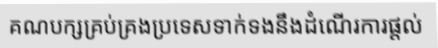
គណបក្សគ្រប់គ្រងប្រទេសទាក់ទងនឹងដំណើរការផ្តល់